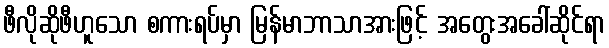
ဖီလိုဆိုဖီဟူသော စကားရပ်မှာ မြန်မာဘာသာအားဖြင့် အတွေးအခေါ်ဆိုင်ရာ